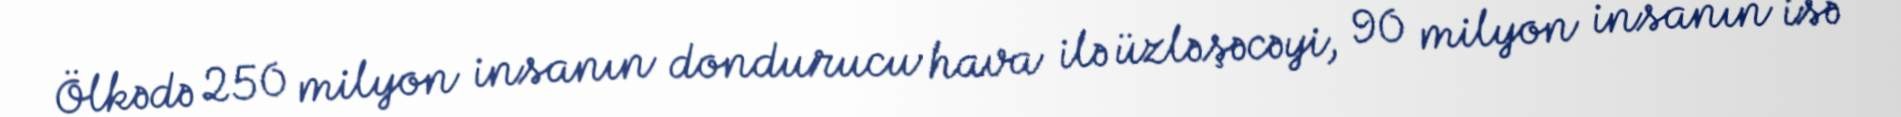
Ölkədə 250 milyon insanın dondurucu hava ilə üzləşəcəyi, 90 milyon insanın isə